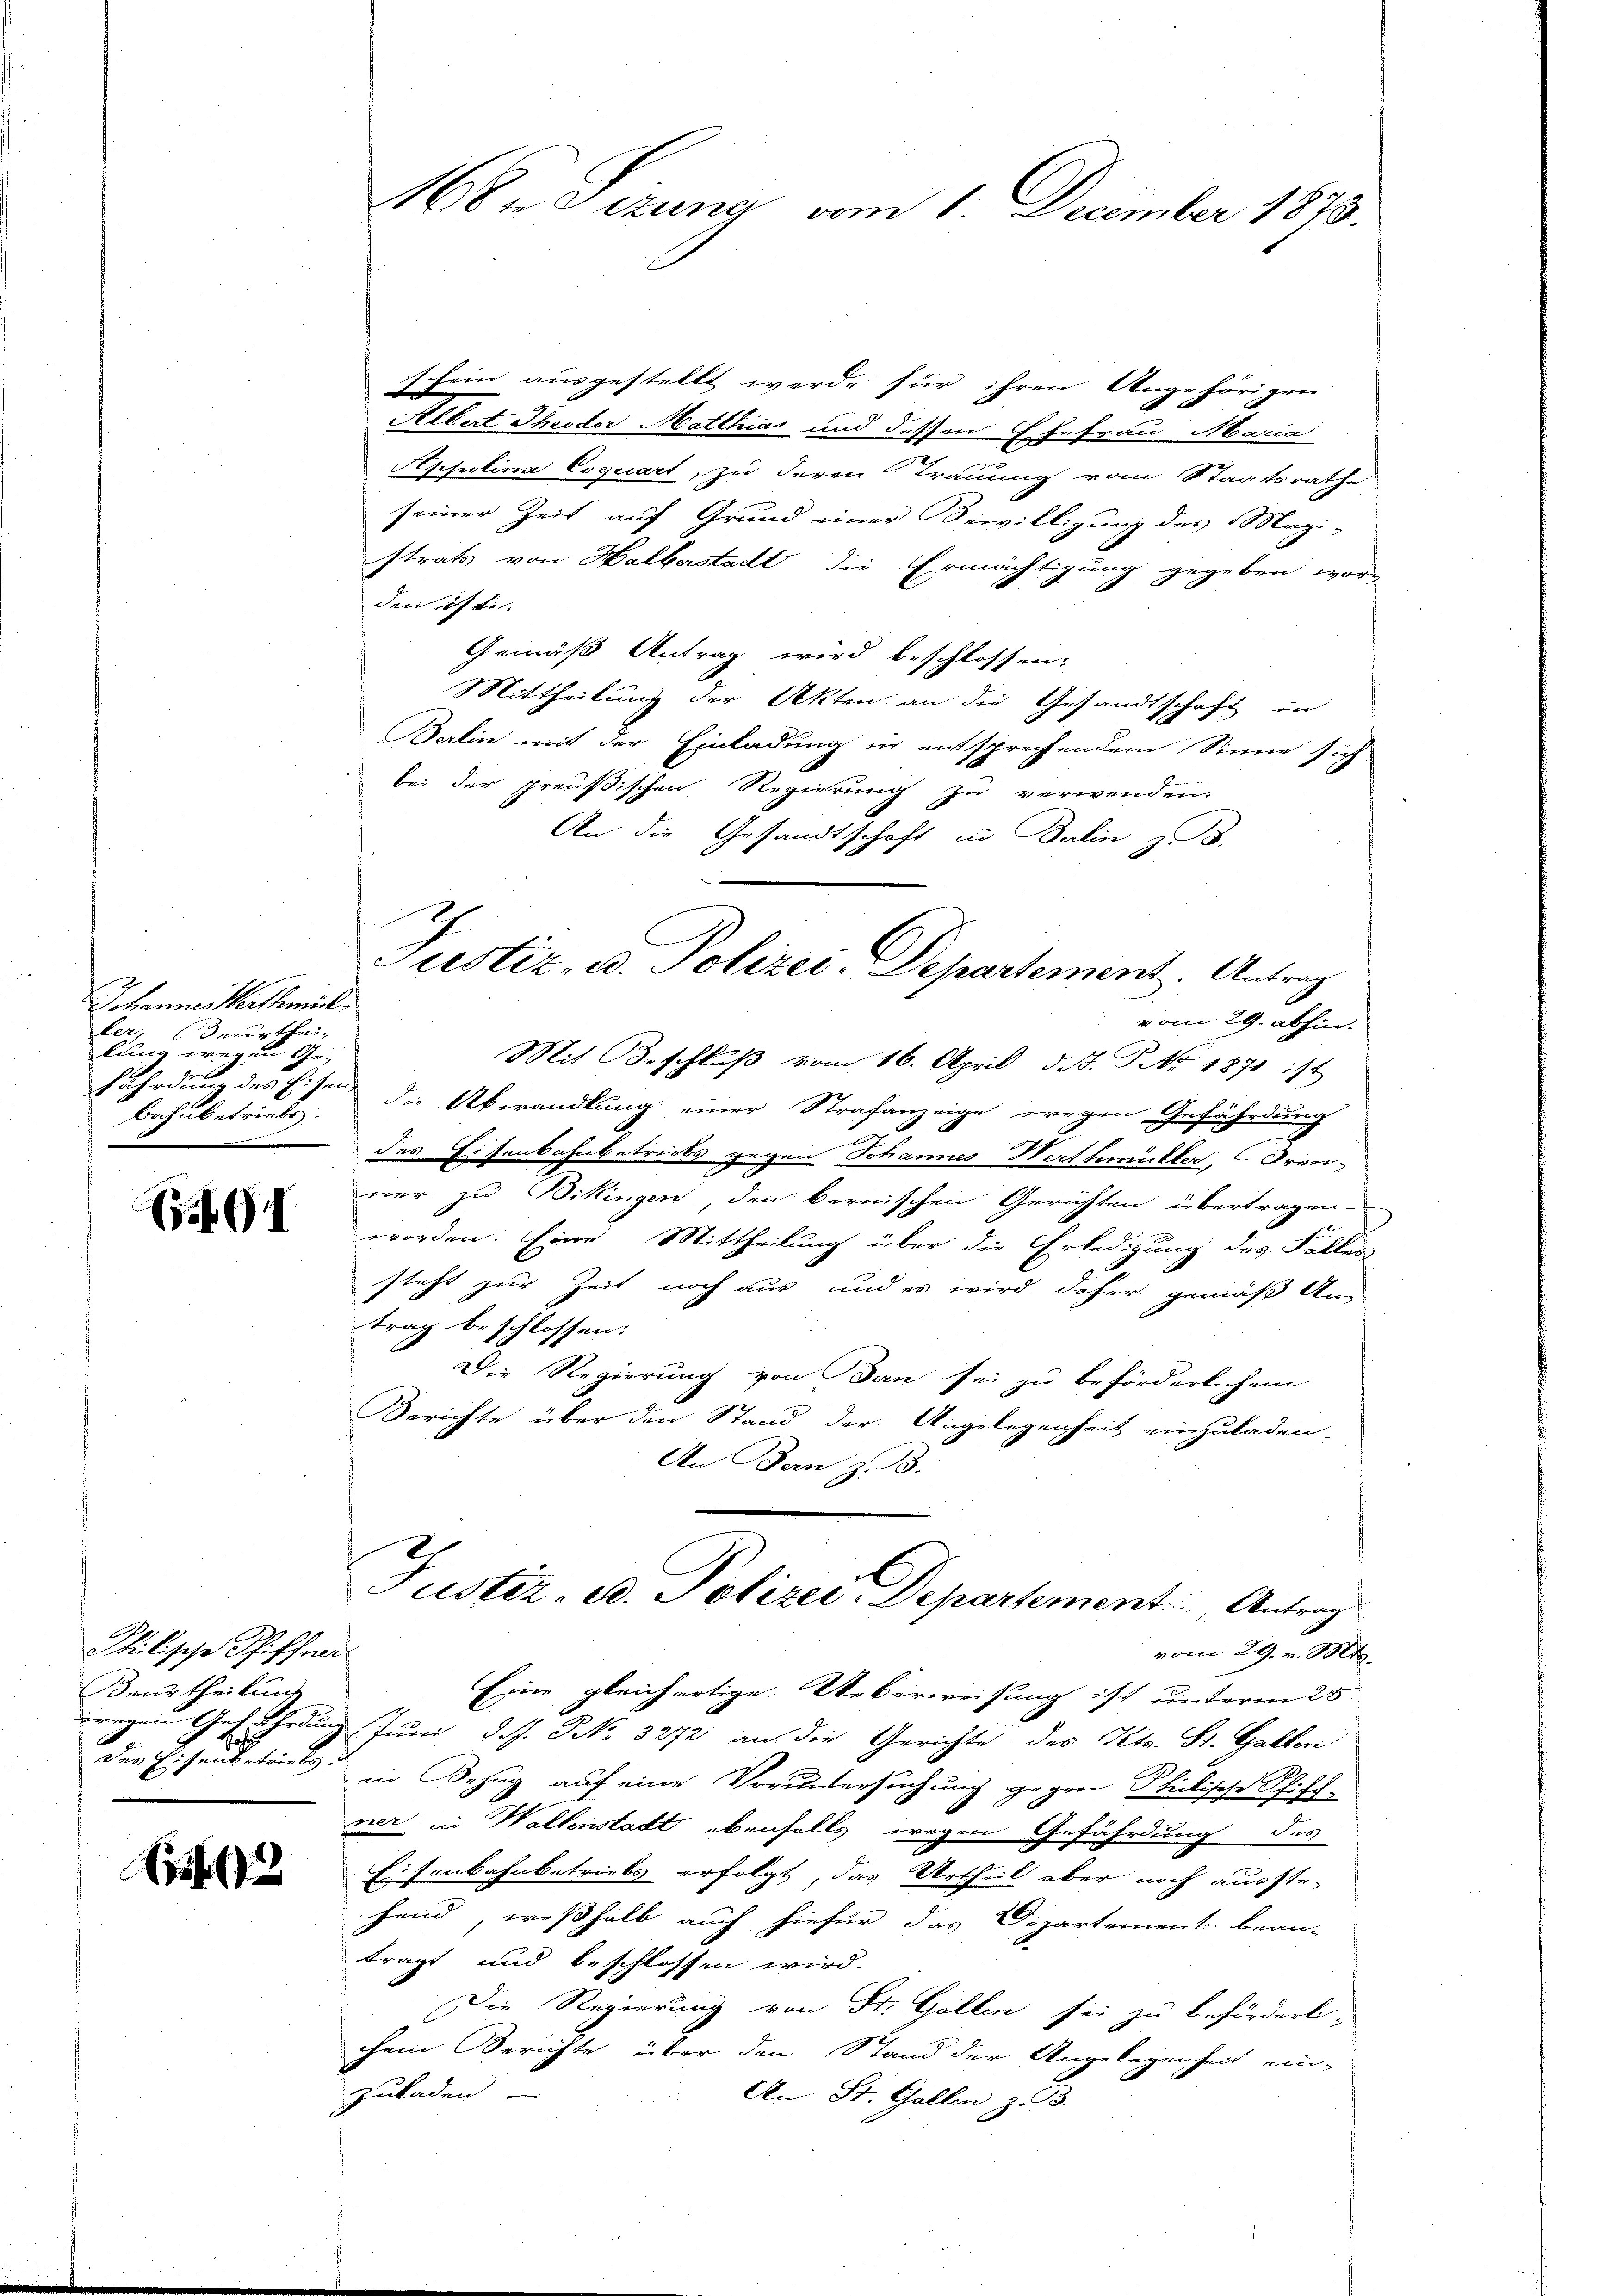
Johannes Werthmül
ler; (Beurthei-
lung wegen Ge-
fährdung des Eisen
Bahnbetriebs
.

GI

Mtilische Pfiffna
Beurtheilung

Sit

schein ausgestellt werde für ihren Angehörigen
Albert Theodor Matthias und dessen Ehefrau Maria
Appolina Coquiart, zu deren Trauung vom Staatsrathe
seiner Zeit auf Grund einer Bewilligung des Magi-
strats von Halberstadt die Ermächtigung gegeben wor-
den isti-
Gemäß Antrag wird beschlossen:
Mittheilung der Akten an die Gesandtschaft in
Berlin mit der Einladung in entsprechendem Sinne sich
bei der preußischen Regierung zu verwenden.
An die Gesandtschaft in Balin z. B.
vom 29. abhin.
Mit Beschluß vom 16. April d. J. P. No 1871 ist
die Abwandlung einer Strafanzeige wegen Gefährdung
des Eisenbahnbetriebs gegen Johannes Werthmütter, Freuner zu Bikingen den bernischen Gerichten übertragen
worden. Eine Mittheilung über die Erledigung des Faller
steht zur Zeit noch aus und es wird daher gemäß An-
trag beschlossen:
Die Regierung von dan sei zu beförderlichem
Berichte über den Stand der Angelegenheit einzuladen-
An Bern z. 13.
Justiz, A. Polizei Departement. Antrag
vom 29. v. Mts.
Eine gleichartige Ueberweisung ist unterm 25.
wregen Gefährdung Juni d. Js. No. 3272 an die Gerichte des Kts. St. Gallen
des Eisenbetrieb in Bezug auf eine Voruntersuchung gegen Philische Schiff-
vier in Wallenstadt ebenfalls wegen Gefährdung des
Eisenbahnbetriebs erfolgt, das Urtheil aber noch ausste.
hand, weßhalb auch hiefür das Departement bean-
trägt und beschlossen wird.
Die Regierung von St. Gallen sei zu beförderli-
chem Berichte über den Stand der Angelegenheit ein-
zuladen.
An St. Gallen z. B.

Mu Sizung vom 1. December 1873.

Justiz, u. Polizei-Departement. Antrag